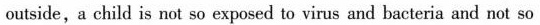
outside,a child is not so exposed to virus and bacteria and not so